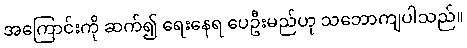
အကြောင်းကို ဆက်၍ ရေးနေရ ပေဦးမည်ဟု သဘောကျပါသည်။